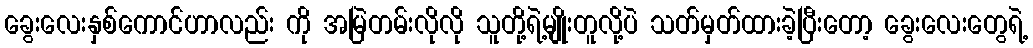
ခွေးလေးနှစ်ကောင်ဟာလည်း ကို အမြဲတမ်းလိုလို သူတို့ရဲ့မျိုးတူလို့ပဲ သတ်မှတ်ထားခဲ့ပြီးတော့ ခွေးလေးတွေရဲ့